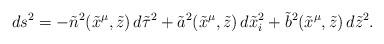
LaTeX: \begin{align*}ds^2 = -{\tilde n}^2 ({\tilde x}^\mu, {\tilde z}) \, d{\tilde \tau}^2+ {\tilde a}^2 ({\tilde x}^\mu, {\tilde z}) \, d{\tilde x}^2_i+ {\tilde b}^2 ({\tilde x}^\mu, {\tilde z}) \, d{\tilde z}^2 .\end{align*}